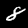
Digit: 8